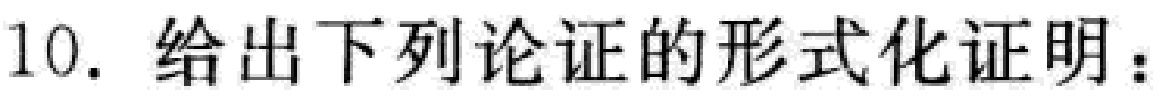
10. 给出下列论证的形式化证明：